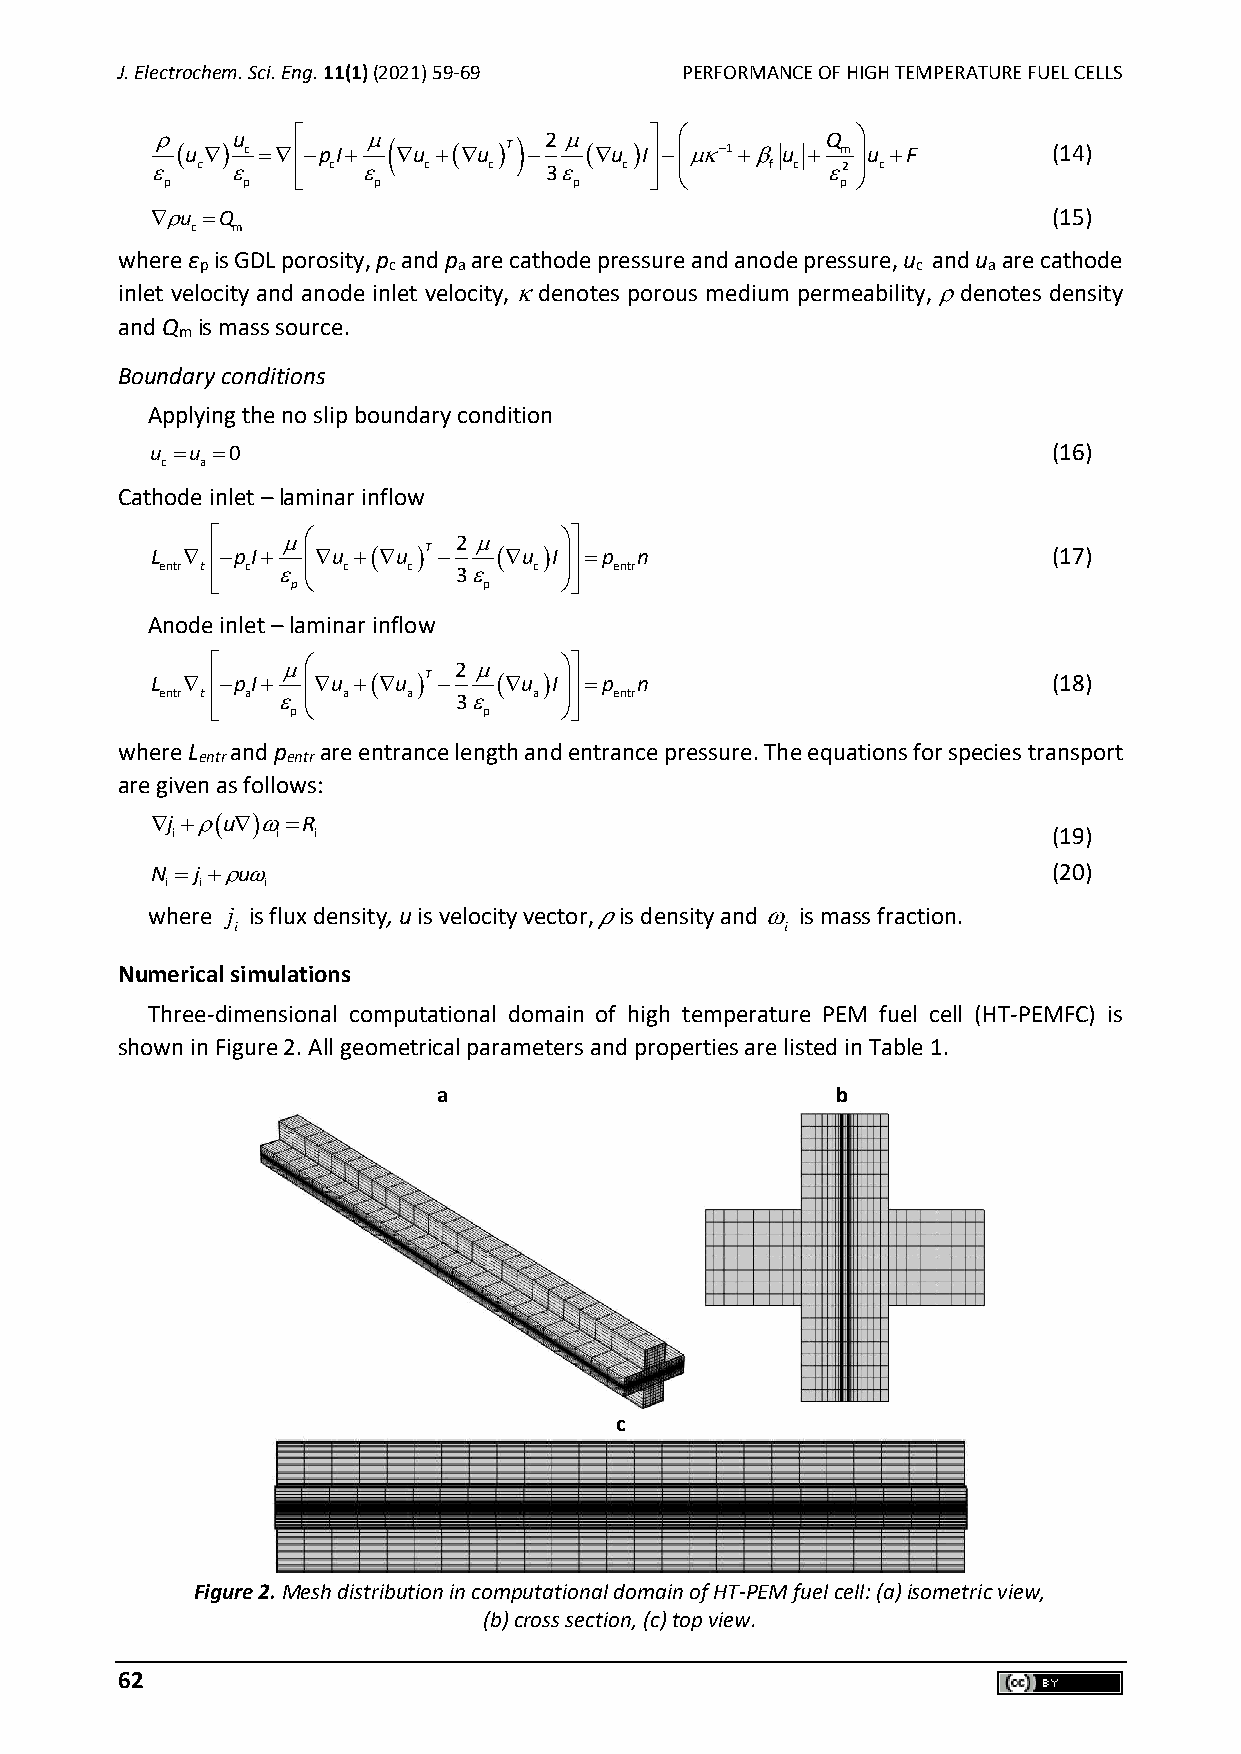
J. Electrochem. Sci. Eng. 11(1) (2021) 59-69 PERFORMANCE OF HIGH TEMPERATURE FUEL CELLS
  (u)u
 c
 =
 −pI+
 (
 u +(u
 )T) −2 
 (u
 )I −
 −1+ u
 +Q m
 u +F        (14)
 
 p
 c 
 p
  c 
 p
 c   c   3
 p
 c     f c  p2  c
 u =Q                                                      (15)
 c m
 where ε is GDL porosity, p and p are cathode pressure and anode pressure, u and u are cathode
 p            c   a                              c   a
 inlet velocity and anode inlet velocity,  denotes porous medium permeability,  denotes density
 and Q is mass source.
 m
 Boundary conditions
 Applying the no slip boundary condition
 u =u =0                                                     (16)
 c a
 Cathode inlet – laminar inflow
              2     
 L  −pI+ u +(u )T − (u )I=p n                        (17)
 entr t  c  p   c c 3 p c   entr
 Anode inlet – laminar inflow
              2     
 L  −pI+ u +(u )T − (u )I=p n                        (18)
 entr t  a  p   a a 3 p a   entr
 where L and p are entrance length and entrance pressure. The equations for species transport
 entr  entr
 are given as follows:
 j +(u)=R
 i      i  i                                                (19)
 N = j +u                                                  (20)
 i i   i
 where j is flux density, u is velocity vector, 𝜌 is density and  is mass fraction.
 i                                    i
 Numerical simulations
 Three-dimensional computational domain of high temperature PEM fuel cell (HT-PEMFC) is
 shown in Figure 2. All geometrical parameters and properties are listed in Table 1.
 a                         b
 c
 Figure 2. Mesh distribution in computational domain of HT-PEM fuel cell: (a) isometric view,
 (b) cross section, (c) top view.
 62